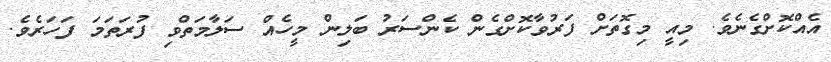
އެއްކޮށްގެނެވެ. މިއީ މިގޮތަށް ފަރުވާކޮށްގެން ކެންސަރު ބަލިން މީހެއް ސަލާމަތްވި ފުރަތަމަ ފަހަރެވެ.